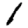
Digit: 1